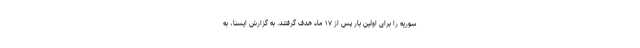
سوریه را برای اولین بار پس از ۱۷ ماه هدف گرفتند. به گزارش ایسنا، به